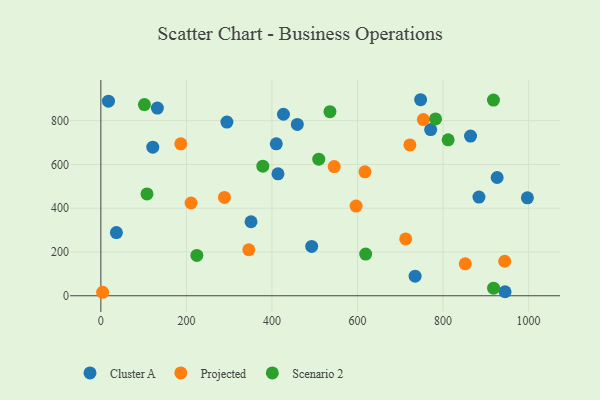
{"axis": {"x": "Price", "y": "Salary"}, "legend": ["Cluster A", "Projected", "Scenario 2"], "data": [{"x": "36.3", "y": 288.9, "type": "Cluster A"}, {"x": "734.7", "y": 89.3, "type": "Cluster A"}, {"x": "945.0", "y": 18.4, "type": "Cluster A"}, {"x": "747.6", "y": 895.7, "type": "Cluster A"}, {"x": "121.4", "y": 679.0, "type": "Cluster A"}, {"x": "17.7", "y": 888.9, "type": "Cluster A"}, {"x": "771.1", "y": 759.4, "type": "Cluster A"}, {"x": "351.1", "y": 338.2, "type": "Cluster A"}, {"x": "410.1", "y": 694.3, "type": "Cluster A"}, {"x": "414.1", "y": 557.0, "type": "Cluster A"}, {"x": "997.2", "y": 447.3, "type": "Cluster A"}, {"x": "492.9", "y": 225.6, "type": "Cluster A"}, {"x": "926.5", "y": 540.4, "type": "Cluster A"}, {"x": "864.3", "y": 729.4, "type": "Cluster A"}, {"x": "426.9", "y": 829.4, "type": "Cluster A"}, {"x": "132.1", "y": 857.5, "type": "Cluster A"}, {"x": "459.3", "y": 782.8, "type": "Cluster A"}, {"x": "884.0", "y": 450.7, "type": "Cluster A"}, {"x": "294.7", "y": 793.7, "type": "Cluster A"}, {"x": "944.2", "y": 157.7, "type": "Projected"}, {"x": "754.0", "y": 805.1, "type": "Projected"}, {"x": "617.4", "y": 566.2, "type": "Projected"}, {"x": "722.5", "y": 689.4, "type": "Projected"}, {"x": "210.9", "y": 423.8, "type": "Projected"}, {"x": "186.8", "y": 694.4, "type": "Projected"}, {"x": "596.7", "y": 409.9, "type": "Projected"}, {"x": "4.1", "y": 15.9, "type": "Projected"}, {"x": "545.6", "y": 590.4, "type": "Projected"}, {"x": "289.0", "y": 449.4, "type": "Projected"}, {"x": "852.0", "y": 145.9, "type": "Projected"}, {"x": "345.9", "y": 210.2, "type": "Projected"}, {"x": "712.7", "y": 259.7, "type": "Projected"}, {"x": "509.4", "y": 624.0, "type": "Scenario 2"}, {"x": "107.8", "y": 465.4, "type": "Scenario 2"}, {"x": "812.0", "y": 712.7, "type": "Scenario 2"}, {"x": "535.6", "y": 841.2, "type": "Scenario 2"}, {"x": "782.5", "y": 808.1, "type": "Scenario 2"}, {"x": "918.2", "y": 34.7, "type": "Scenario 2"}, {"x": "917.9", "y": 894.1, "type": "Scenario 2"}, {"x": "619.1", "y": 190.5, "type": "Scenario 2"}, {"x": "378.7", "y": 591.9, "type": "Scenario 2"}, {"x": "101.8", "y": 873.6, "type": "Scenario 2"}, {"x": "224.4", "y": 184.4, "type": "Scenario 2"}]}